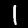
Label: 1